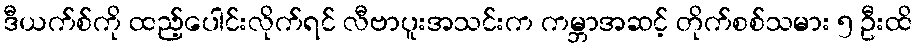
ဒီယက်စ်ကို ထည့်ပေါင်းလိုက်ရင် လီဗာပူးအသင်းက ကမ္ဘာအဆင့် တိုက်စစ်သမား ၅ ဦးထိ